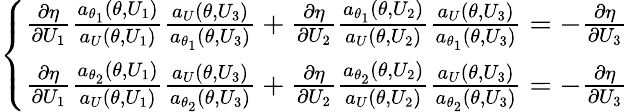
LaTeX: \left\{ \begin{array}{ll}{\frac{\partial\eta}{\partial U_{1}}\frac{a_{\theta_{1}}(\theta,U_{1})}{a_{U}(\theta,U_{1})}\frac{a_{U}(\theta,U_{3})}{a_{\theta_{1}}(\theta,U_{3})}+\frac{\partial\eta}{\partial U_{2}}\frac{a_{\theta_{1}}(\theta,U_{2})}{a_{U}(\theta,U_{2})}\frac{a_{U}(\theta,U_{3})}{a_{\theta_{1}}(\theta,U_{3})}=-\frac{\partial\eta}{\partial U_{3}}}\\ {\frac{\partial\eta}{\partial U_{1}}\frac{a_{\theta_{2}}(\theta,U_{1})}{a_{U}(\theta,U_{1})}\frac{a_{U}(\theta,U_{3})}{a_{\theta_{2}}(\theta,U_{3})}+\frac{\partial\eta}{\partial U_{2}}\frac{a_{\theta_{2}}(\theta,U_{2})}{a_{U}(\theta,U_{2})}\frac{a_{U}(\theta,U_{3})}{a_{\theta_{2}}(\theta,U_{3})}=-\frac{\partial\eta}{\partial U_{3}}}\end{array}\right.